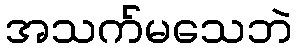
အသက်မသေဘဲ